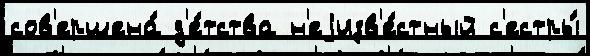
сов'ершена́ д'е́тства н'еjизв'е́стный с'естры́